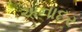
અનાદર